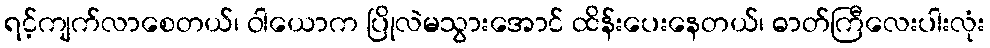
ရင့်ကျက်လာစေတယ်၊ ဝါယောက ပြိုလဲမသွားအောင် ထိန်းပေးနေတယ်၊ ဓာတ်ကြီလေးပါးလုံး